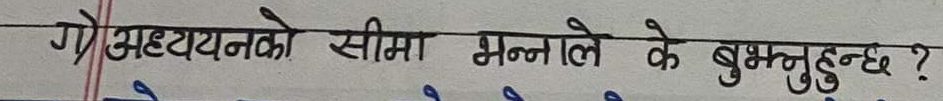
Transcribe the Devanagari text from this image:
गो अध्ययनको सीमा भन्नाले के बुझ्नुहुन्छ?